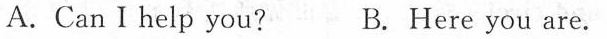
A.Can I help you? B. Here you are.